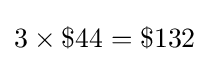
3\times \$44=\$132